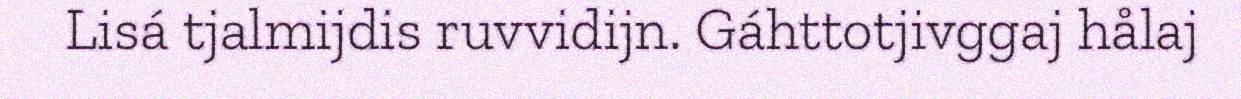
Lisá tjalmijdis ruvvidijn. Gáhttotjivggaj hålaj